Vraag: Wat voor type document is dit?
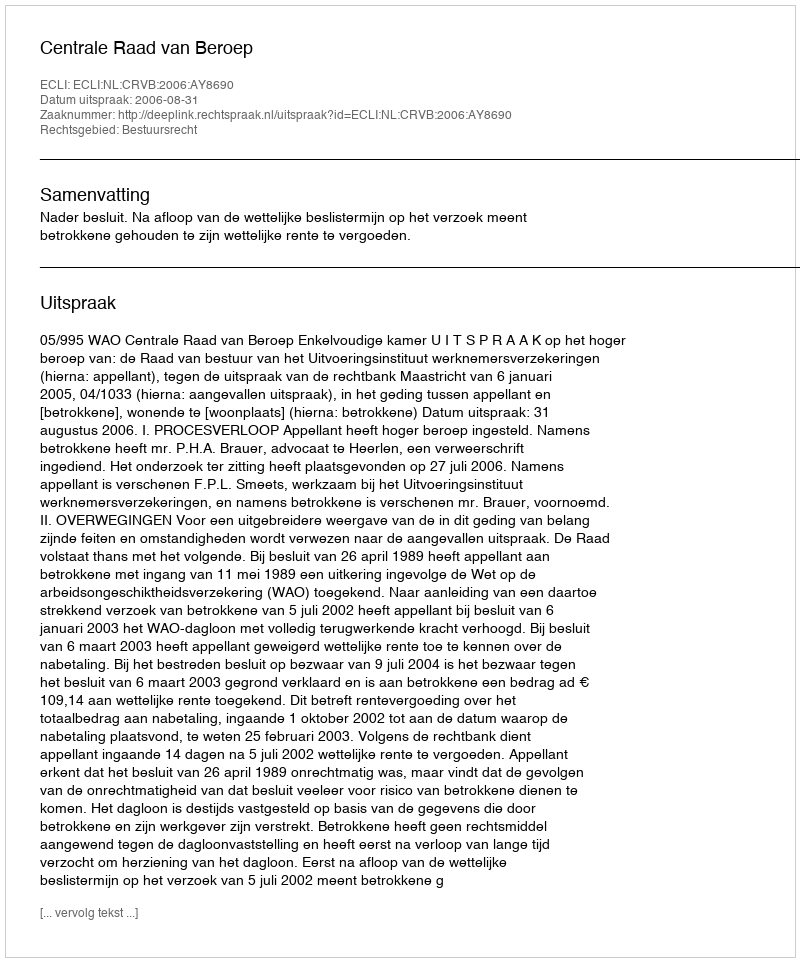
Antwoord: Uitspraak